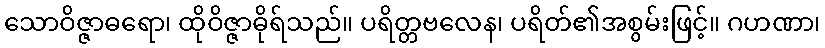
သောဝိဇ္ဇာဓရော၊ ထိုဝိဇ္ဇာဓိုရ်သည်။ ပရိတ္တဗလေန၊ ပရိတ်၏အစွမ်းဖြင့်။ ဂဟဏာ၊